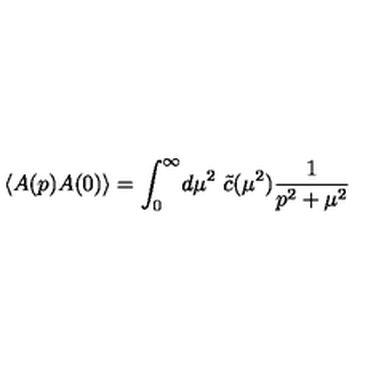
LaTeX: \langle A ( p ) A ( 0 ) \rangle = \int _ { 0 } ^ { \infty } \! d \mu ^ { 2 } \ \tilde { c } ( \mu ^ { 2 } ) \frac { 1 } { p ^ { 2 } + \mu ^ { 2 } } \nonumber